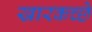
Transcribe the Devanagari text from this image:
खारकच्छे